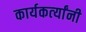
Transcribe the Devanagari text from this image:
कार्यकर्त्‍यांनी